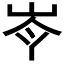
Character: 𡷉